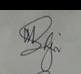
Signature authenticity: genuine